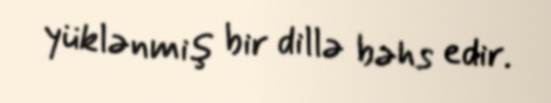
yüklənmiş bir dillə bəhs edir.